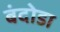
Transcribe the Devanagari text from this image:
बंदोडा